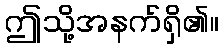
ဤသို့အနက်ရှိ၏။